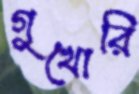
গুখোরি